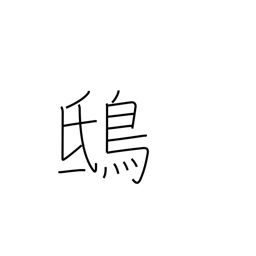
Meaning: kite